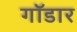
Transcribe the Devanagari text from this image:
गॉडार